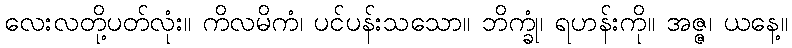
လေးလတို့ပတ်လုံး။ ကိလမိကံ၊ ပင်ပန်းသသော။ ဘိက္ခုံ၊ ရဟန်းကို။ အဇ္ဇ၊ ယနေ့။